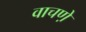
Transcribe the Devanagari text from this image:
वाचणे़